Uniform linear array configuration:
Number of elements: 64
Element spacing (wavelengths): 1
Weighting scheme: kaiser
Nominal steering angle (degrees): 0
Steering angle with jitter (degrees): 0.1052
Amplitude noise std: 0.05
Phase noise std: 0.05

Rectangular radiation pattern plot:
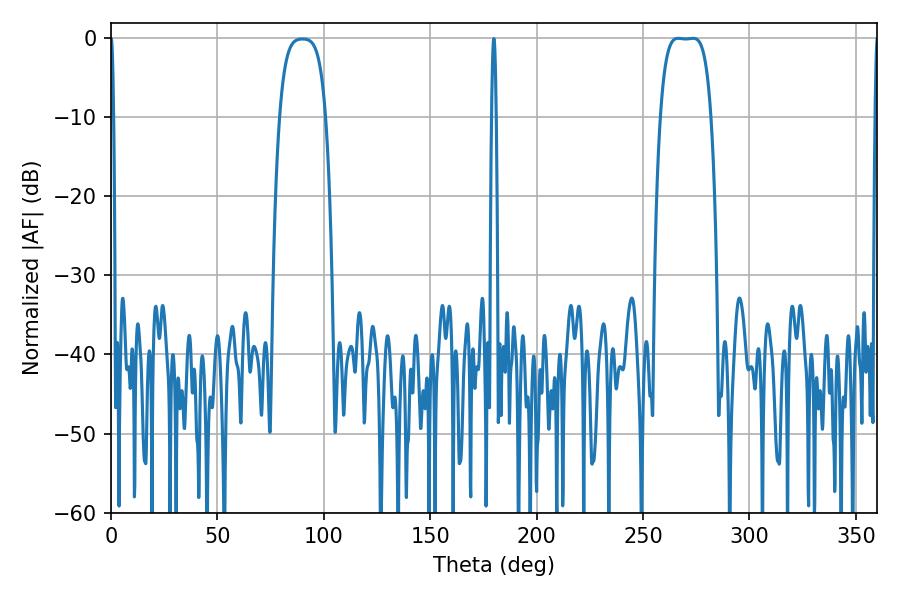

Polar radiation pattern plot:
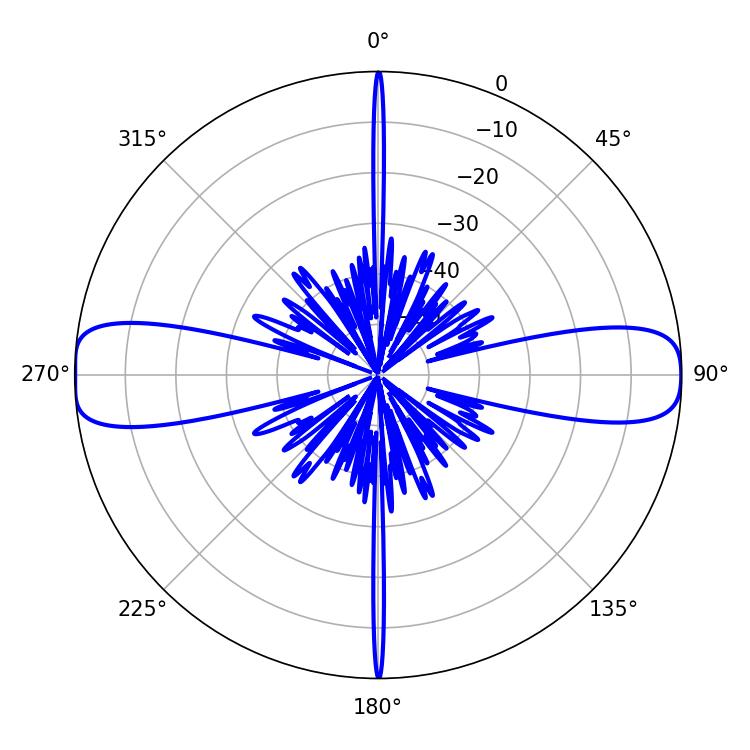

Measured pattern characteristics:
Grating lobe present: TRUE
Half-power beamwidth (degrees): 18.36
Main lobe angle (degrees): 266.4